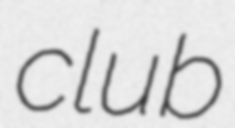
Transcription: club